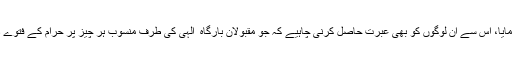
اس آیت ِ مبارکہ میں پاکیزہ چیزوں کو حرام قرار دینے سے منع فرمایا، اس سے ان لوگوں کو بھی عبرت حاصل کرنی چاہیے کہ جو مقبولانِ بارگاہ ِ الٰہی کی طرف منسوب ہر چیز پر حرام کے فتوے دینے پر لگے رہتے ہیں اور ہرچیز میں انہیں شرک ہی سوجھتاہے۔